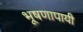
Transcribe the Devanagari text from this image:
भूषणापायी